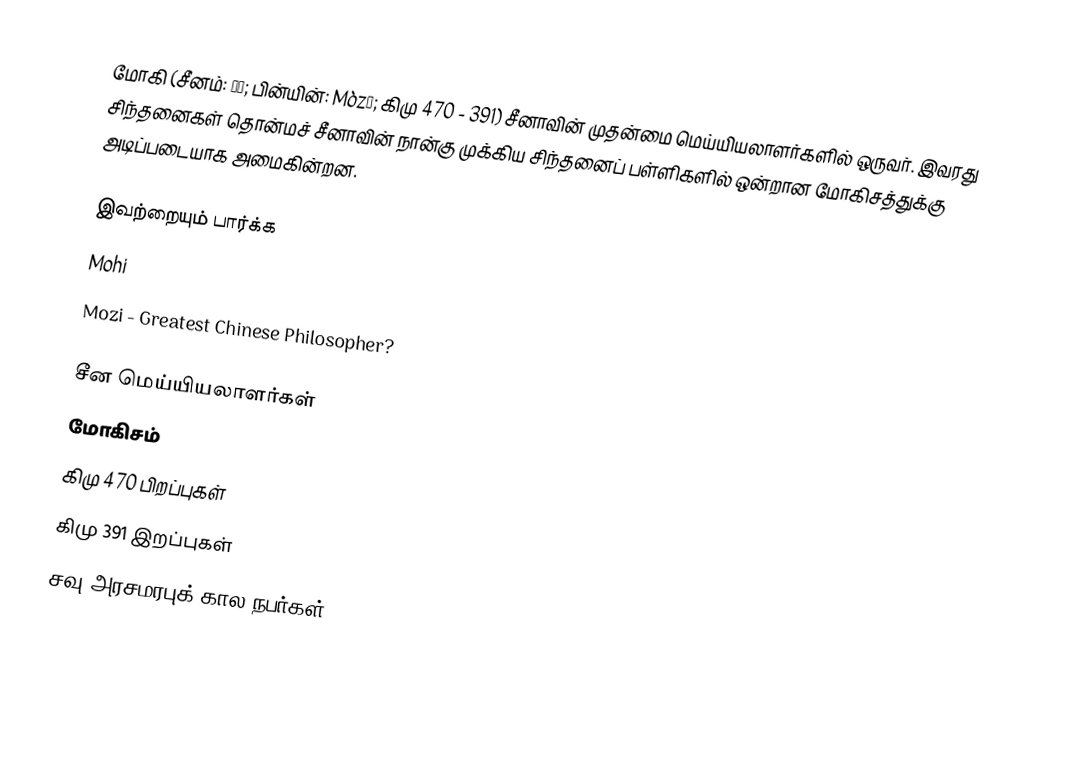
மோகி (சீனம்: 墨子; பின்யின்: Mòzǐ; கிமு 470 - 391) சீனாவின் முதன்மை மெய்யியலாளர்களில் ஒருவர்.  இவரது சிந்தனைகள் தொன்மச் சீனாவின் நான்கு முக்கிய சிந்தனைப் பள்ளிகளில் ஒன்றான மோகிசத்துக்கு அடிப்படையாக அமைகின்றன.

இவற்றையும் பார்க்க
 Mohi
 Mozi - Greatest Chinese Philosopher?

சீன மெய்யியலாளர்கள்
மோகிசம்
கிமு 470 பிறப்புகள்
கிமு 391 இறப்புகள்
சவு அரசமரபுக் கால நபர்கள்